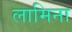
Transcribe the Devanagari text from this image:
लामिना